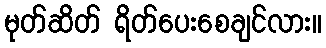
မုတ်ဆိတ် ရိတ်ပေးစေချင်လား။